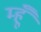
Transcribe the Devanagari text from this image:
म्हूँ